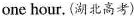
one hour. (湖北高考)